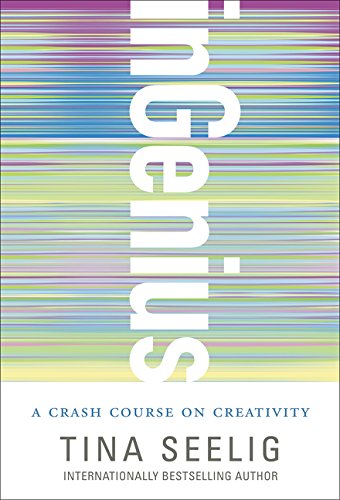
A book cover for inGenius: A Crash Course on Creativity; Tina Seelig; Health, Fitness & Dieting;